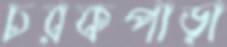
চরকপাড়া